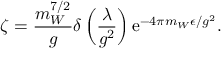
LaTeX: \zeta = \frac { m _ { W } ^ { 7 / 2 } } { g } \delta \left( \frac { \lambda } { g ^ { 2 } } \right) \mathrm { e } ^ { - 4 \pi m _ { W } \epsilon / g ^ { 2 } } .